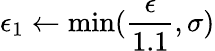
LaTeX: \epsilon_{1}\gets\operatorname*{min}(\frac{\epsilon}{1.1},\sigma)